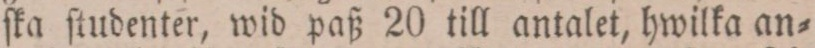
ſka ſtudenter, wid paß 20 till antalet, hwilka an=